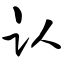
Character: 认